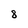
Character: 8